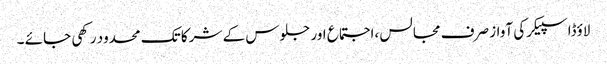
لاؤڈاسپیکرکی آواز صرف مجالس ،اجتماع اور جلوس کے شرکا تک محدود رکھی جائے ۔